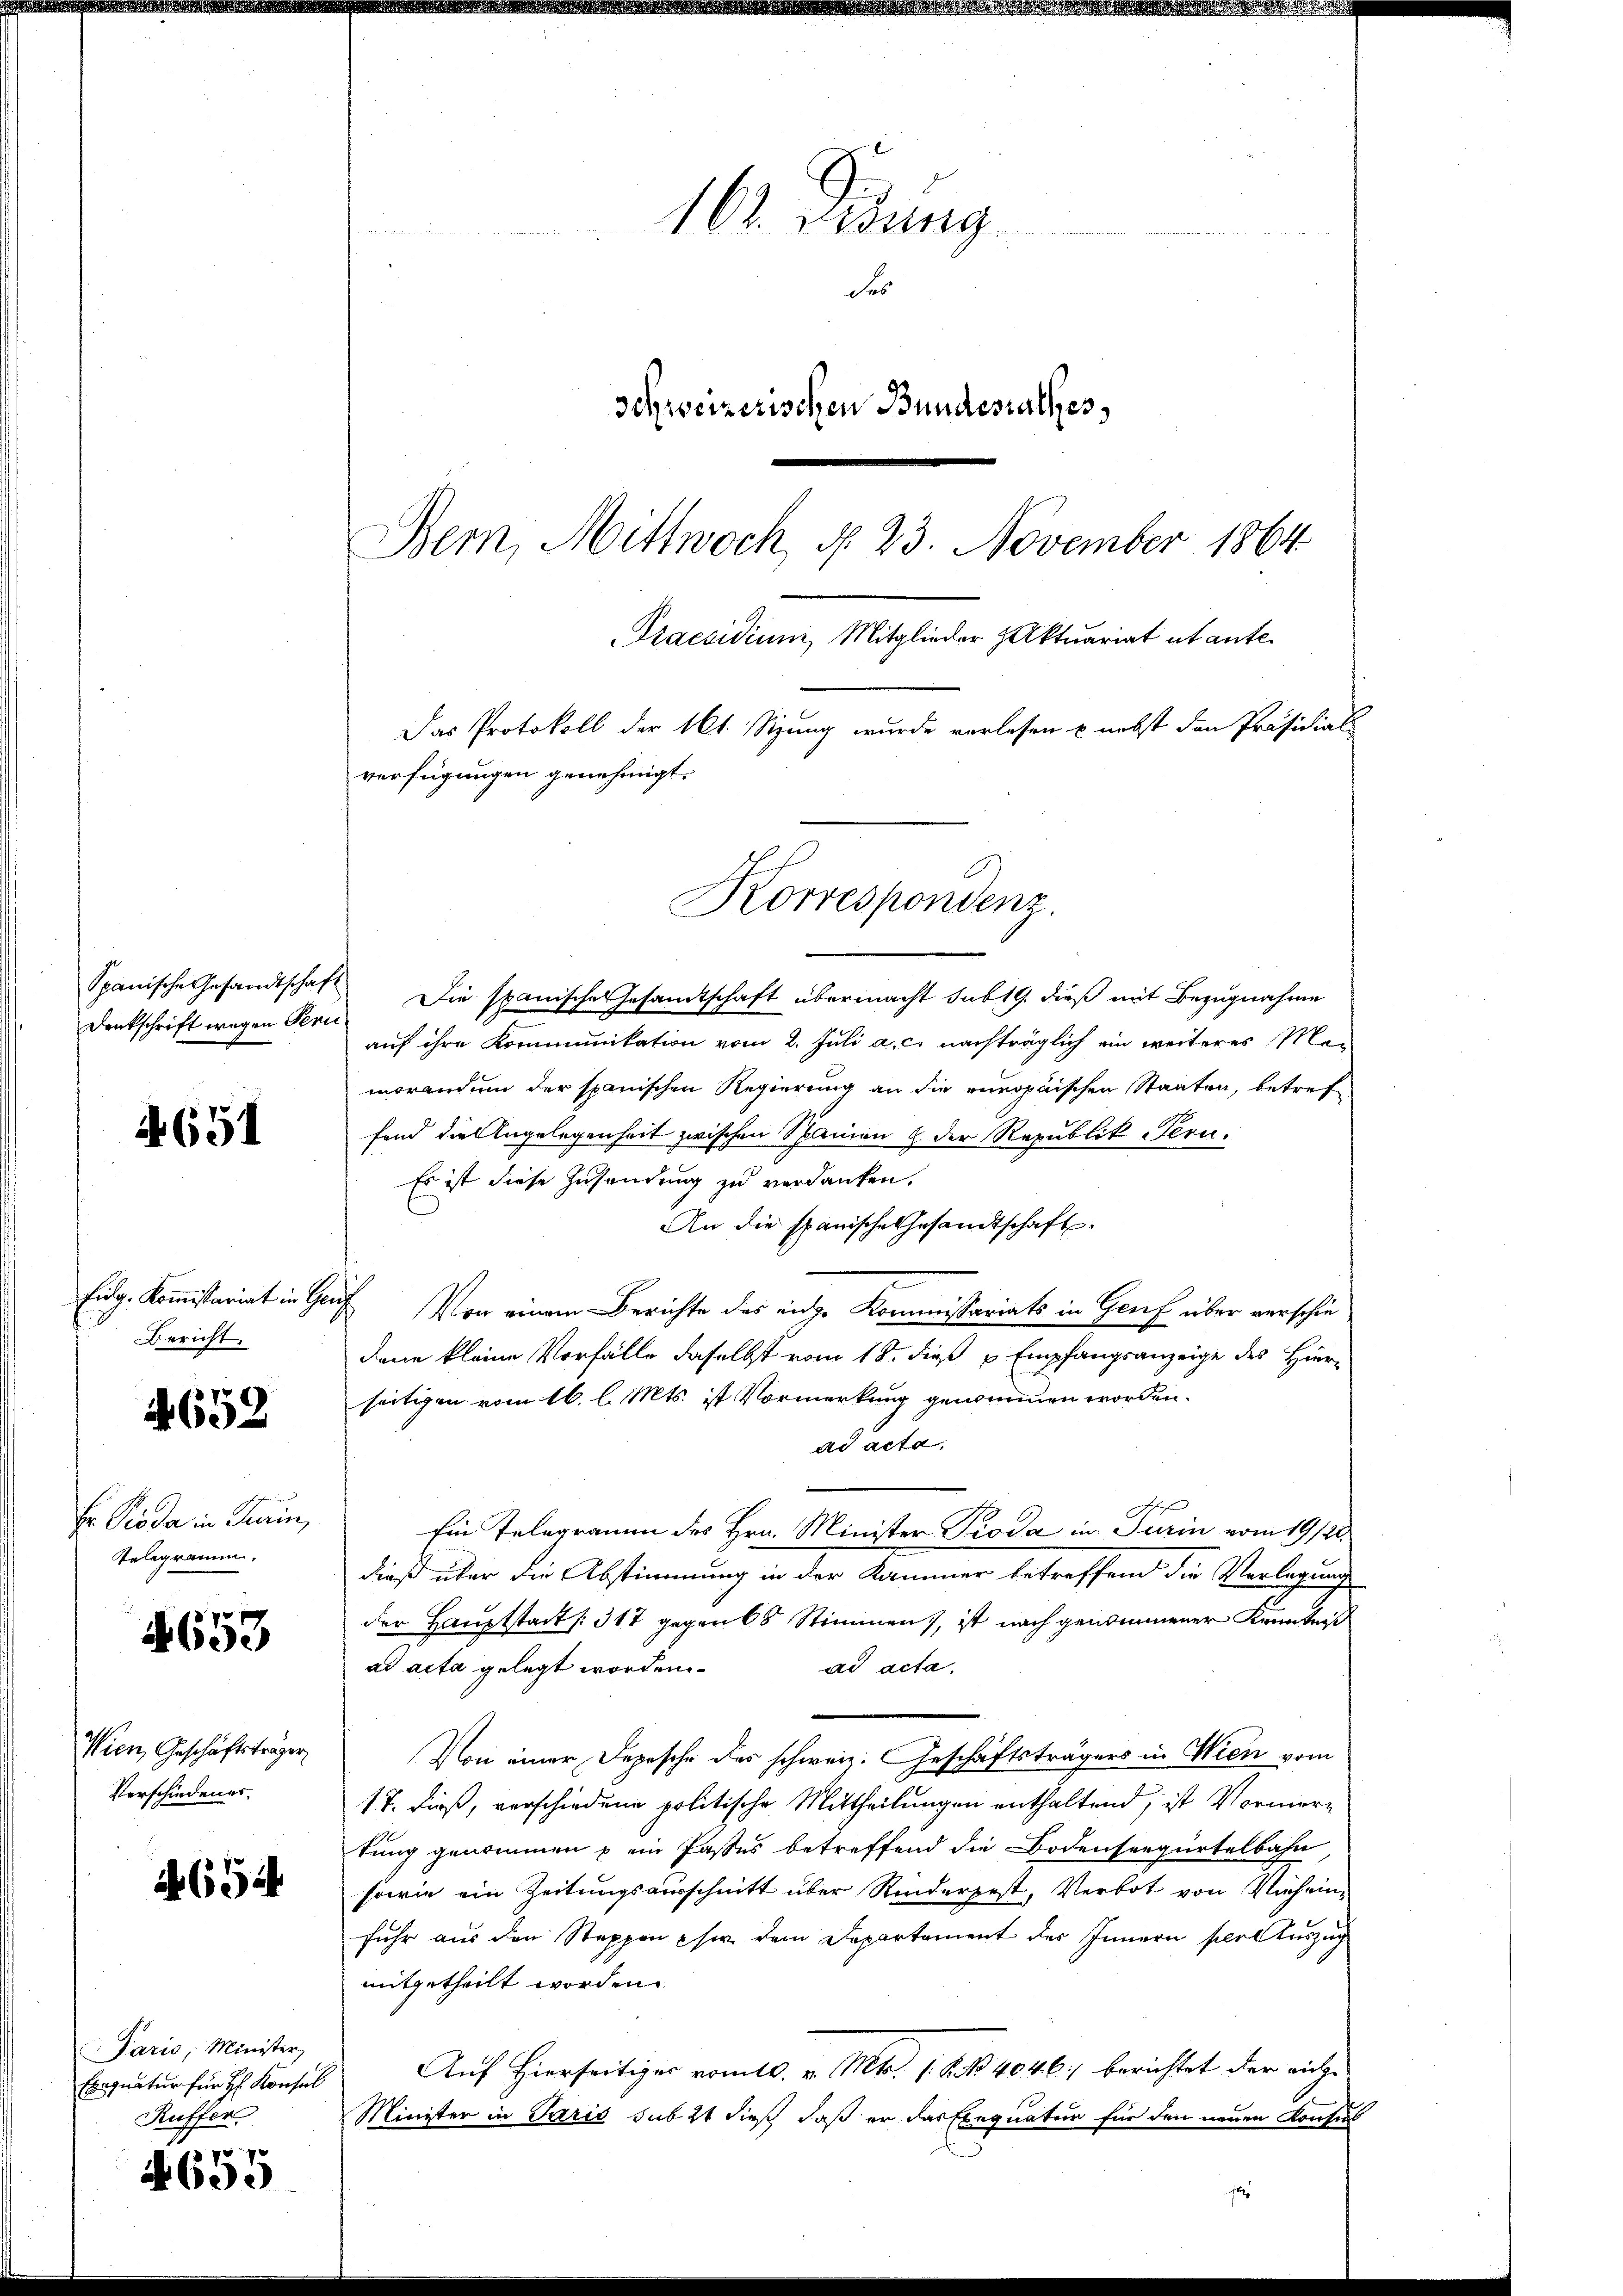
Spanische Gesandtschaft
Denkschrift wegen Pern

4651

Eidg. Kommißariat in Gen
Bericht

652

Er Pioda in Turin,
Telegramm.

4653

Wien, Geschäftsträger
Verschiedenes.

654

Paris, Minister,
Exequatur für Hr. Konsul
Ruffer

7
605

161. Sedung
des
Schweizerischen Bundesrathes,
Bern, Mittwoch, § 23. November 1864

Das Protokoll der 161. Sizung wurde verlesen u. nebst den Präsidial-
verfügungen genehmigt.
Korrespondenz.

Die spanische Gesamtschaft übermacht sub 19. dieß mit Bezugnahme
auf ihre Kommunikation vom 2. Juli a. c. nachträglich ein weiteres Man
morandum der spanischen Regierung an die europäischen Staaten, betreffend die Angelegenheit zwischen Spainen & der Republik -Pern.
Es ist diese Zusendung zu verdanken.
An die spanische Gesandtschaft
Von einem Berichte des eidge Kommissariats in Genf über verschiedene kleine Vorfälle daselbst vom 18. dieß u Empfangsanzeige des Hier-
seitigen vom 16. l. Mts. ist Vormerkung genommen worden.
ad acta
C
Ein Telegramm des Hrn. Minister Pioda in Turin vom 19/2.
dieß über die Abstimmung in der Kammer betreffend die Verlegung
der Hauptstadts. 317 gegen 68 Stimmen), ist nach genommener Kenntniß
ad acta gelegt worden.
ad acta.
Von einer Depesche des schweiz. Geschäftsträgers in Wien vom
17. dieß, verschiedene politische Mittheilungen enthaltend, ist Vormertung genommen u ein Passes betreffend die Bodenseegürtelbahn
sowie ein Zeitungsausschnitt über Rinderpest, Verbot von Vieh einfuhr aus den Steppen sie dem Departement des Innern seit Auszug
mitgetheilt worden.
Auf Hierseitiges vom 10. v. Mts. 1. N. N. 4046) berichtet der nicht
Minister in Paris sub 2t dieß daß er das Exequatur für den neuen Konsul

Praesidium, Mitglieder Aktuariat utante.